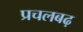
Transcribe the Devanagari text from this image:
प्रचलबढ़